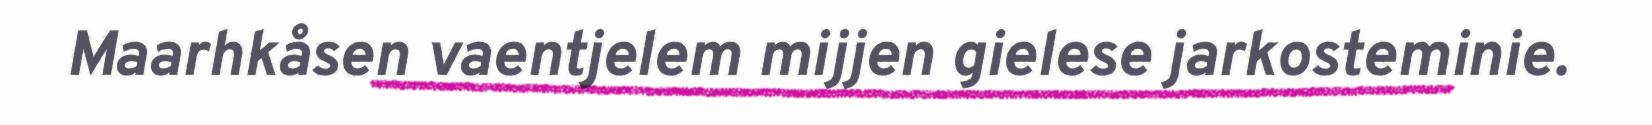
Maarhkåsen vaentjelem mijjen gielese jarkosteminie.